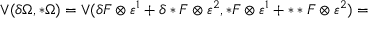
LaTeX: \vee ( \delta \Omega , * \Omega ) = \vee ( \delta F \otimes \varepsilon ^ { 1 } + \delta * F \otimes \varepsilon ^ { 2 } , * F \otimes \varepsilon ^ { 1 } + * * F \otimes \varepsilon ^ { 2 } ) =